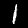
Label: 1